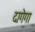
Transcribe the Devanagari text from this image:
दागेगा